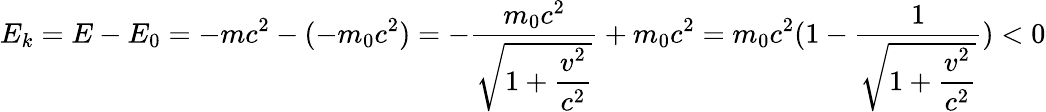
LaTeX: E_{k}=E-E_{0}=-mc^{2}-(-m_{0}c^{2})=-{\frac{m_{0}c^{2}}{\sqrt{1+\displaystyle{\frac{v^{2}}{c^{2}}}}}}+m_{0}c^{2}=m_{0}c^{2}(1-{\frac{1}{\sqrt{1+\displaystyle{\frac{v^{2}}{c^{2}}}}}})<0